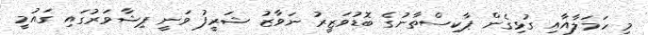
މި ހަމަލާއާއި ގުޅިގެން ޕާކިސްތާނުގެ ބޮޑުވަޒީރު ނަވާޒު ޝަރީފު ވަނީ ޕިޝާވަރުގައި ގައުމީ